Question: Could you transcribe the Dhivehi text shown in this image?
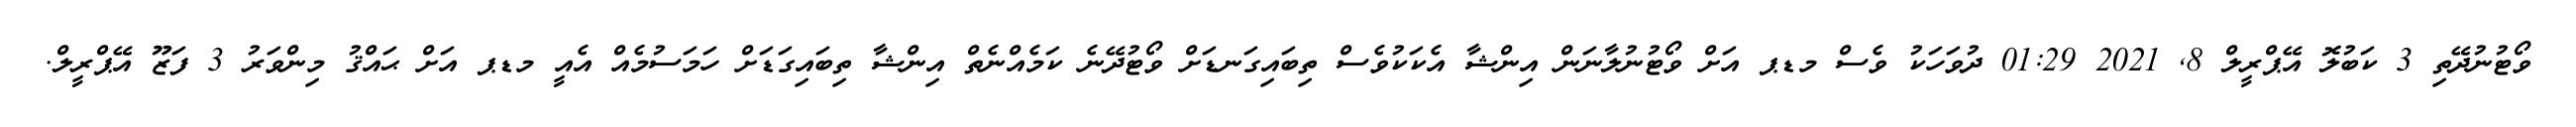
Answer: ވޯޓުނުދޭތި 3 ކަބުލޮ އޭޕްރީލް 8, 2021 01:29 ދުވަހަކު ވެސް މޑޕ އަށް ވޯޓުނުލާނަން އިންޝާ އެކަކުވެސް ތިބައިގަނޑަށް ވޯޓުދޭނެ ކަމެއްނެތް އިންޝާ ތިބައިގަޑަށް ހަމަސުމެއް އެއީ މޑޕ އަށް ޙައްޤު މިންވަރު 3 ފަޒޫ އޭޕްރީލް.